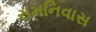
રામનિવાસ